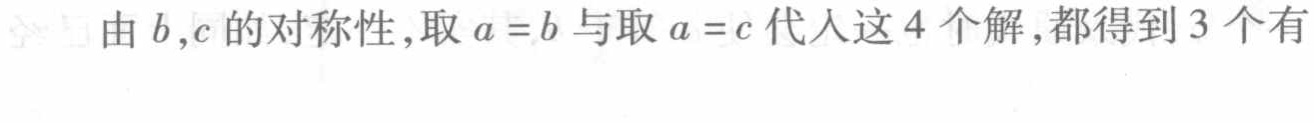
由 \(b,c\) 的对称性，取 \(a = b\) 与取 \(a = c\) 代入这 \(4\) 个解，都得到 \(3\) 个有